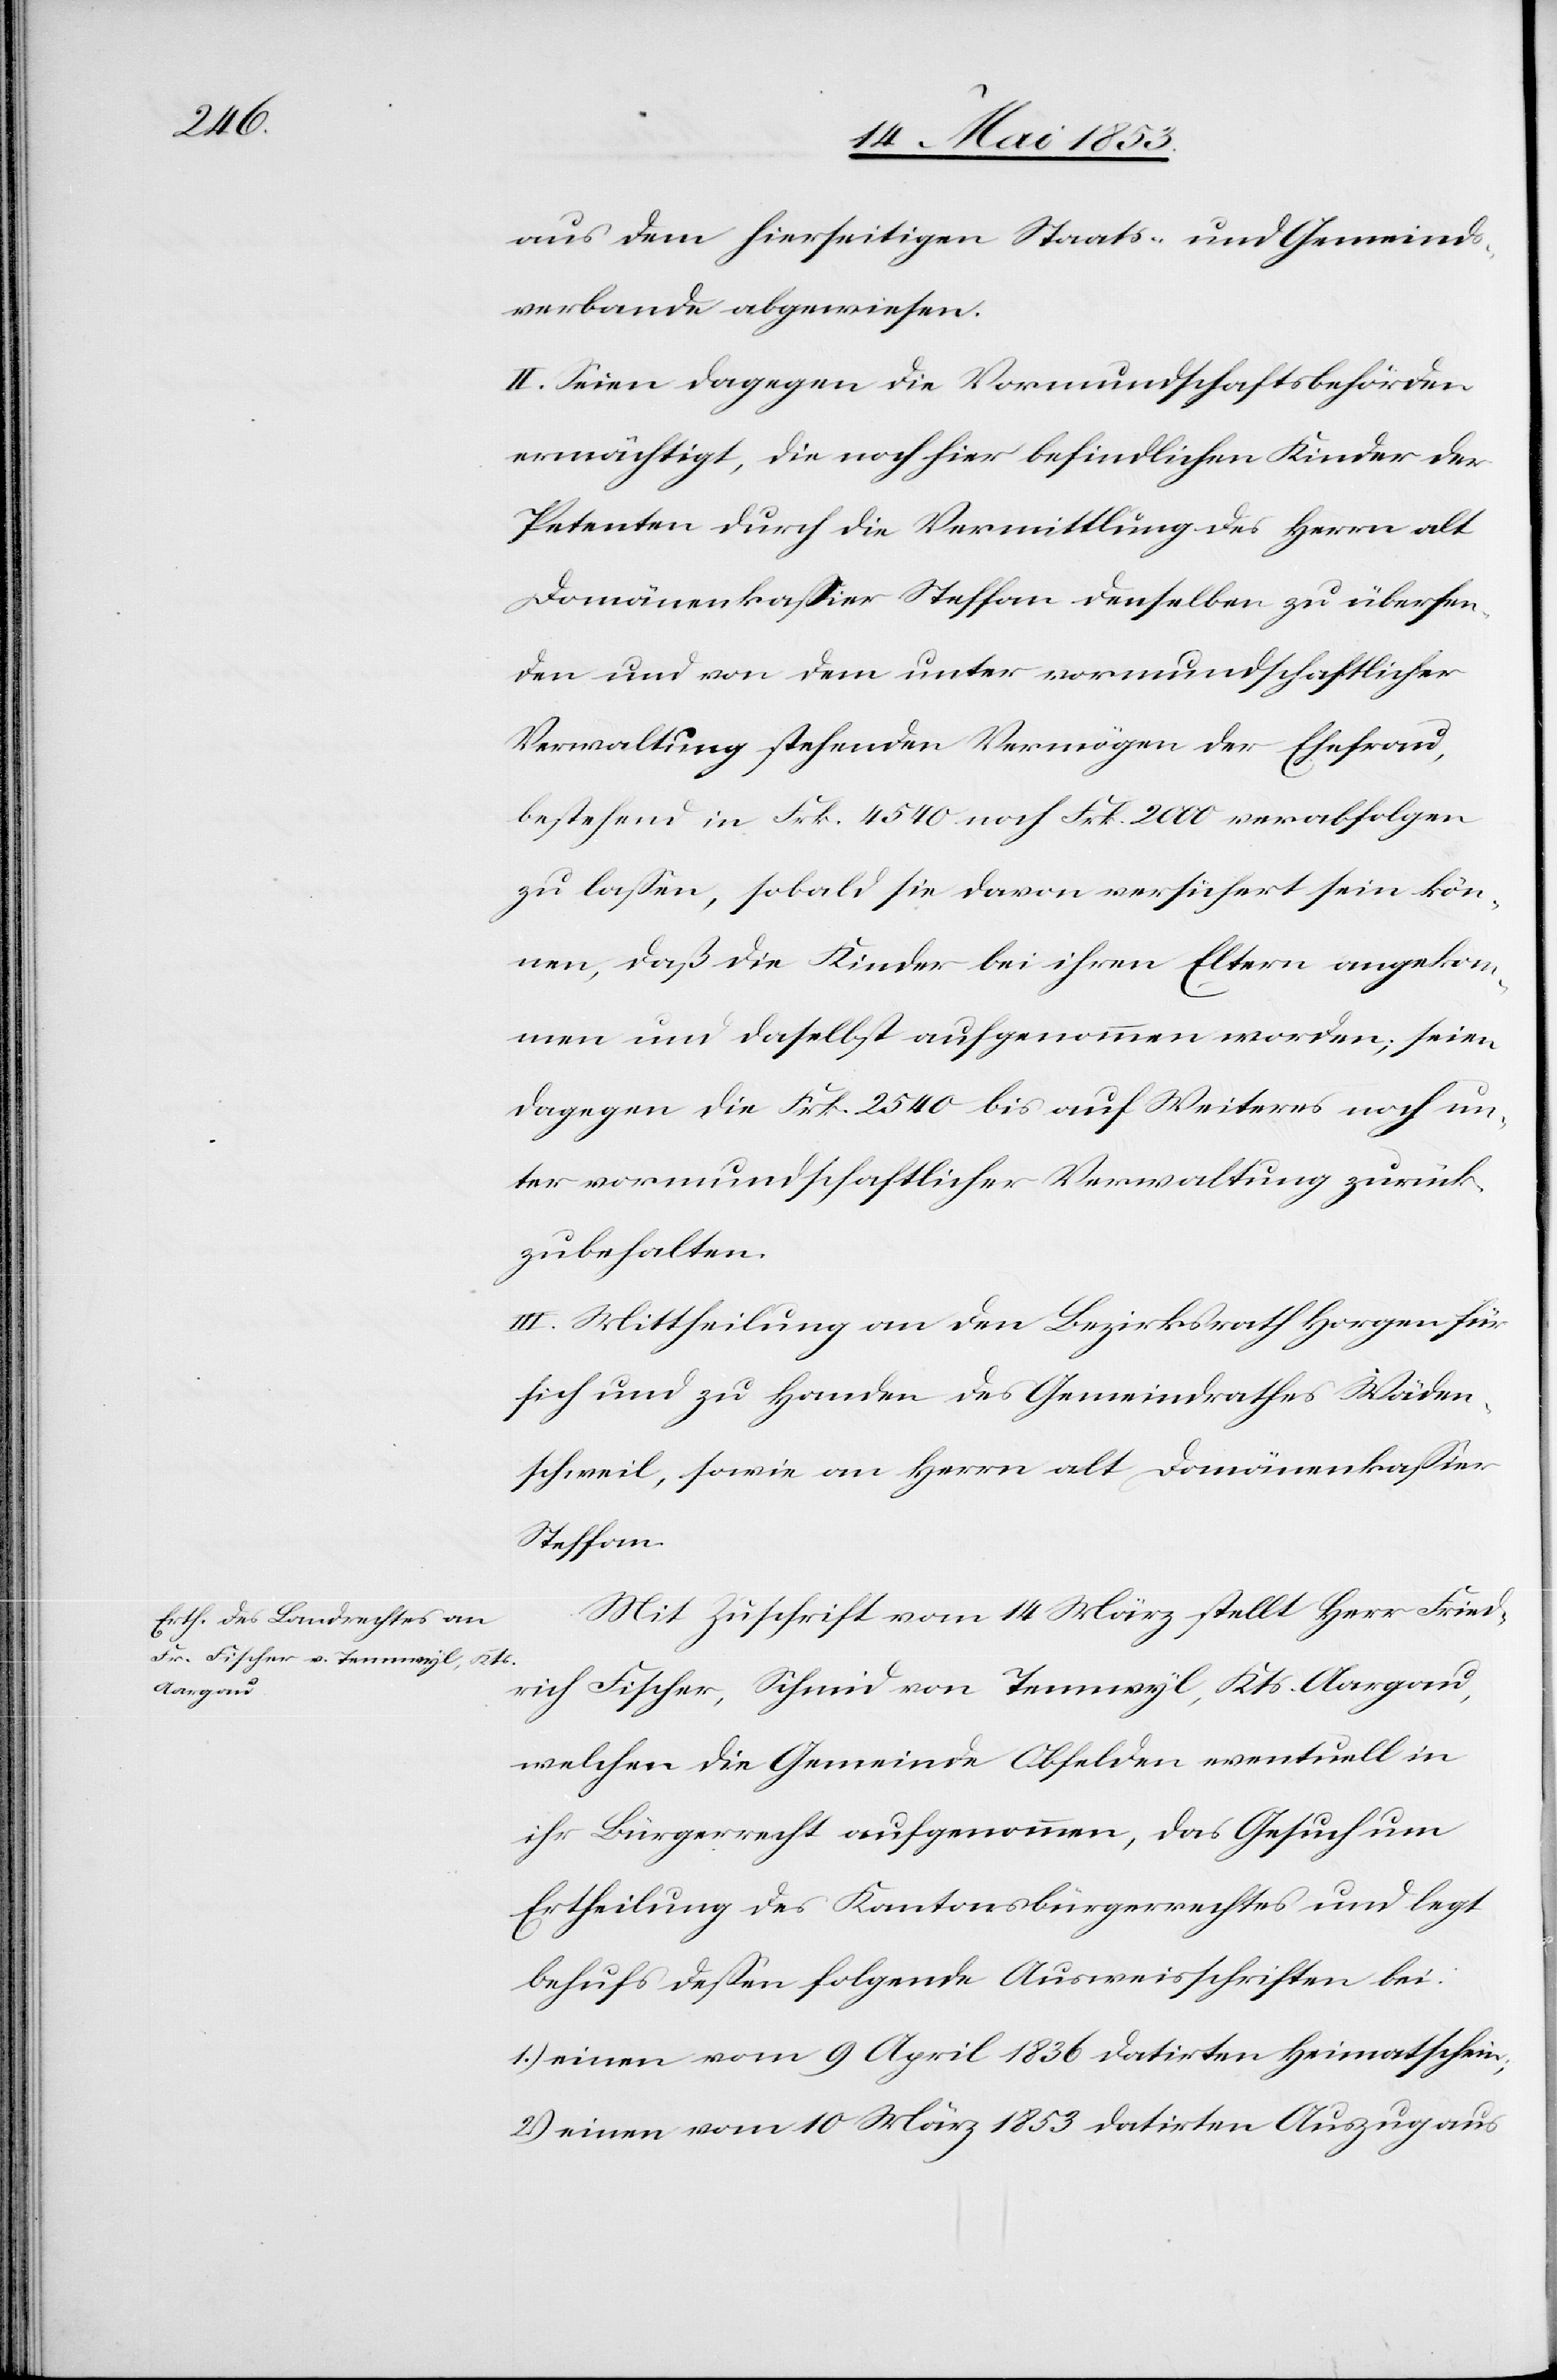
aus dem hierseitigen Staats- und Gemeinds¬
verbande abgewiesen.
II. Seien dagegen die Vormundschaftsbehörden
ermächtigt, die noch hier befindlichen Kinder der
Petenten durch die Vermittlung des Herrn alt
Domänenkaßier Steffan denselben zu übersen¬
den und von dem unter vormundschaftlicher
Verwaltung stehenden Vermögen der Ehefrau,
bestehend in Frk. 4540 noch Frk. 2000 verabfolgen
zu laßen, sobald sie davon versichert sein kön¬
nen, daß die Kinder bei ihren Eltern angekom¬
men und daselbst aufgenommen worden, seien
dagegen die Frk. 2540 bis auf Weiteres noch un¬
ter vormundschaftlicher Verwaltung zurück¬
zubehalten.
III. Mittheilung an den Bezirksrath Horgen für
sich und zu Handen des Gemeindrathes Wäden¬
schweil, sowie an Herrn alt Domänenkaßier
Steffan.
Mit Zuschrift vom 14 März stellt Herr Fried¬
rich Fischer, Schmid in Tennwyl, Kts. Aargau,
welchen die Gemeinde Obfelden eventuell in
ihr Bürgerrecht aufgenommen, das Gesuch um
Ertheilung des Kantonsbürgerrechtes und legt
behufs deßen folgende Ausweisschriften bei:
1.) einen vom 9 April 1836 datirten Heimatschein;
2) einen vom 10 März 1853 datirten Auszug aus